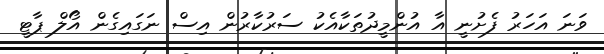
ވަނަ އަހަރު ފެށުނީ އާ އުންމީދުތަކާއެކު ސަރުކާރުން އިސް ނަގައިގެން އޯލް ޕާޓީ